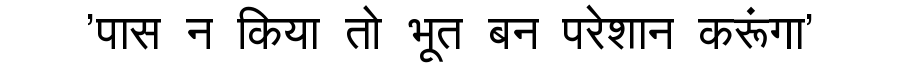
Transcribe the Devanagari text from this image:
'पास न किया तो भूत बन परेशान करूंगा'